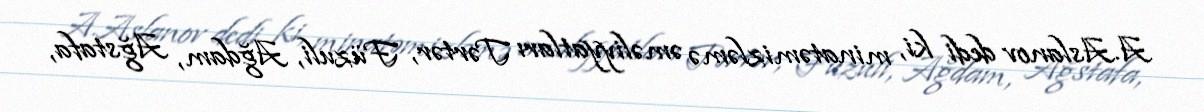
A.Aslanov dedi ki, minatəmizləmə əməliyyatları Tərtər, Füzuli, Ağdam, Ağstafa,